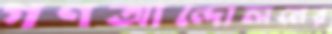
গণআন্দোলনের